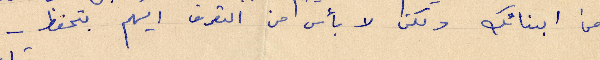
من ابنائك ولكن لا بأس من التعرف اليهم بتحفظ -